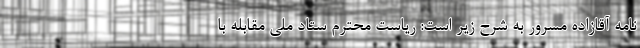
نامه آقازاده مسرور به شرح زیر است: ریاست محترم ستاد ملی مقابله با